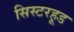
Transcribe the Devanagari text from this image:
सिस्टरहूड